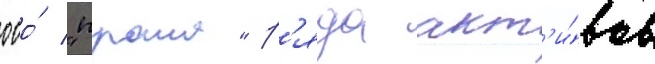
ооо́ "прана" р'яда акт'и́вов